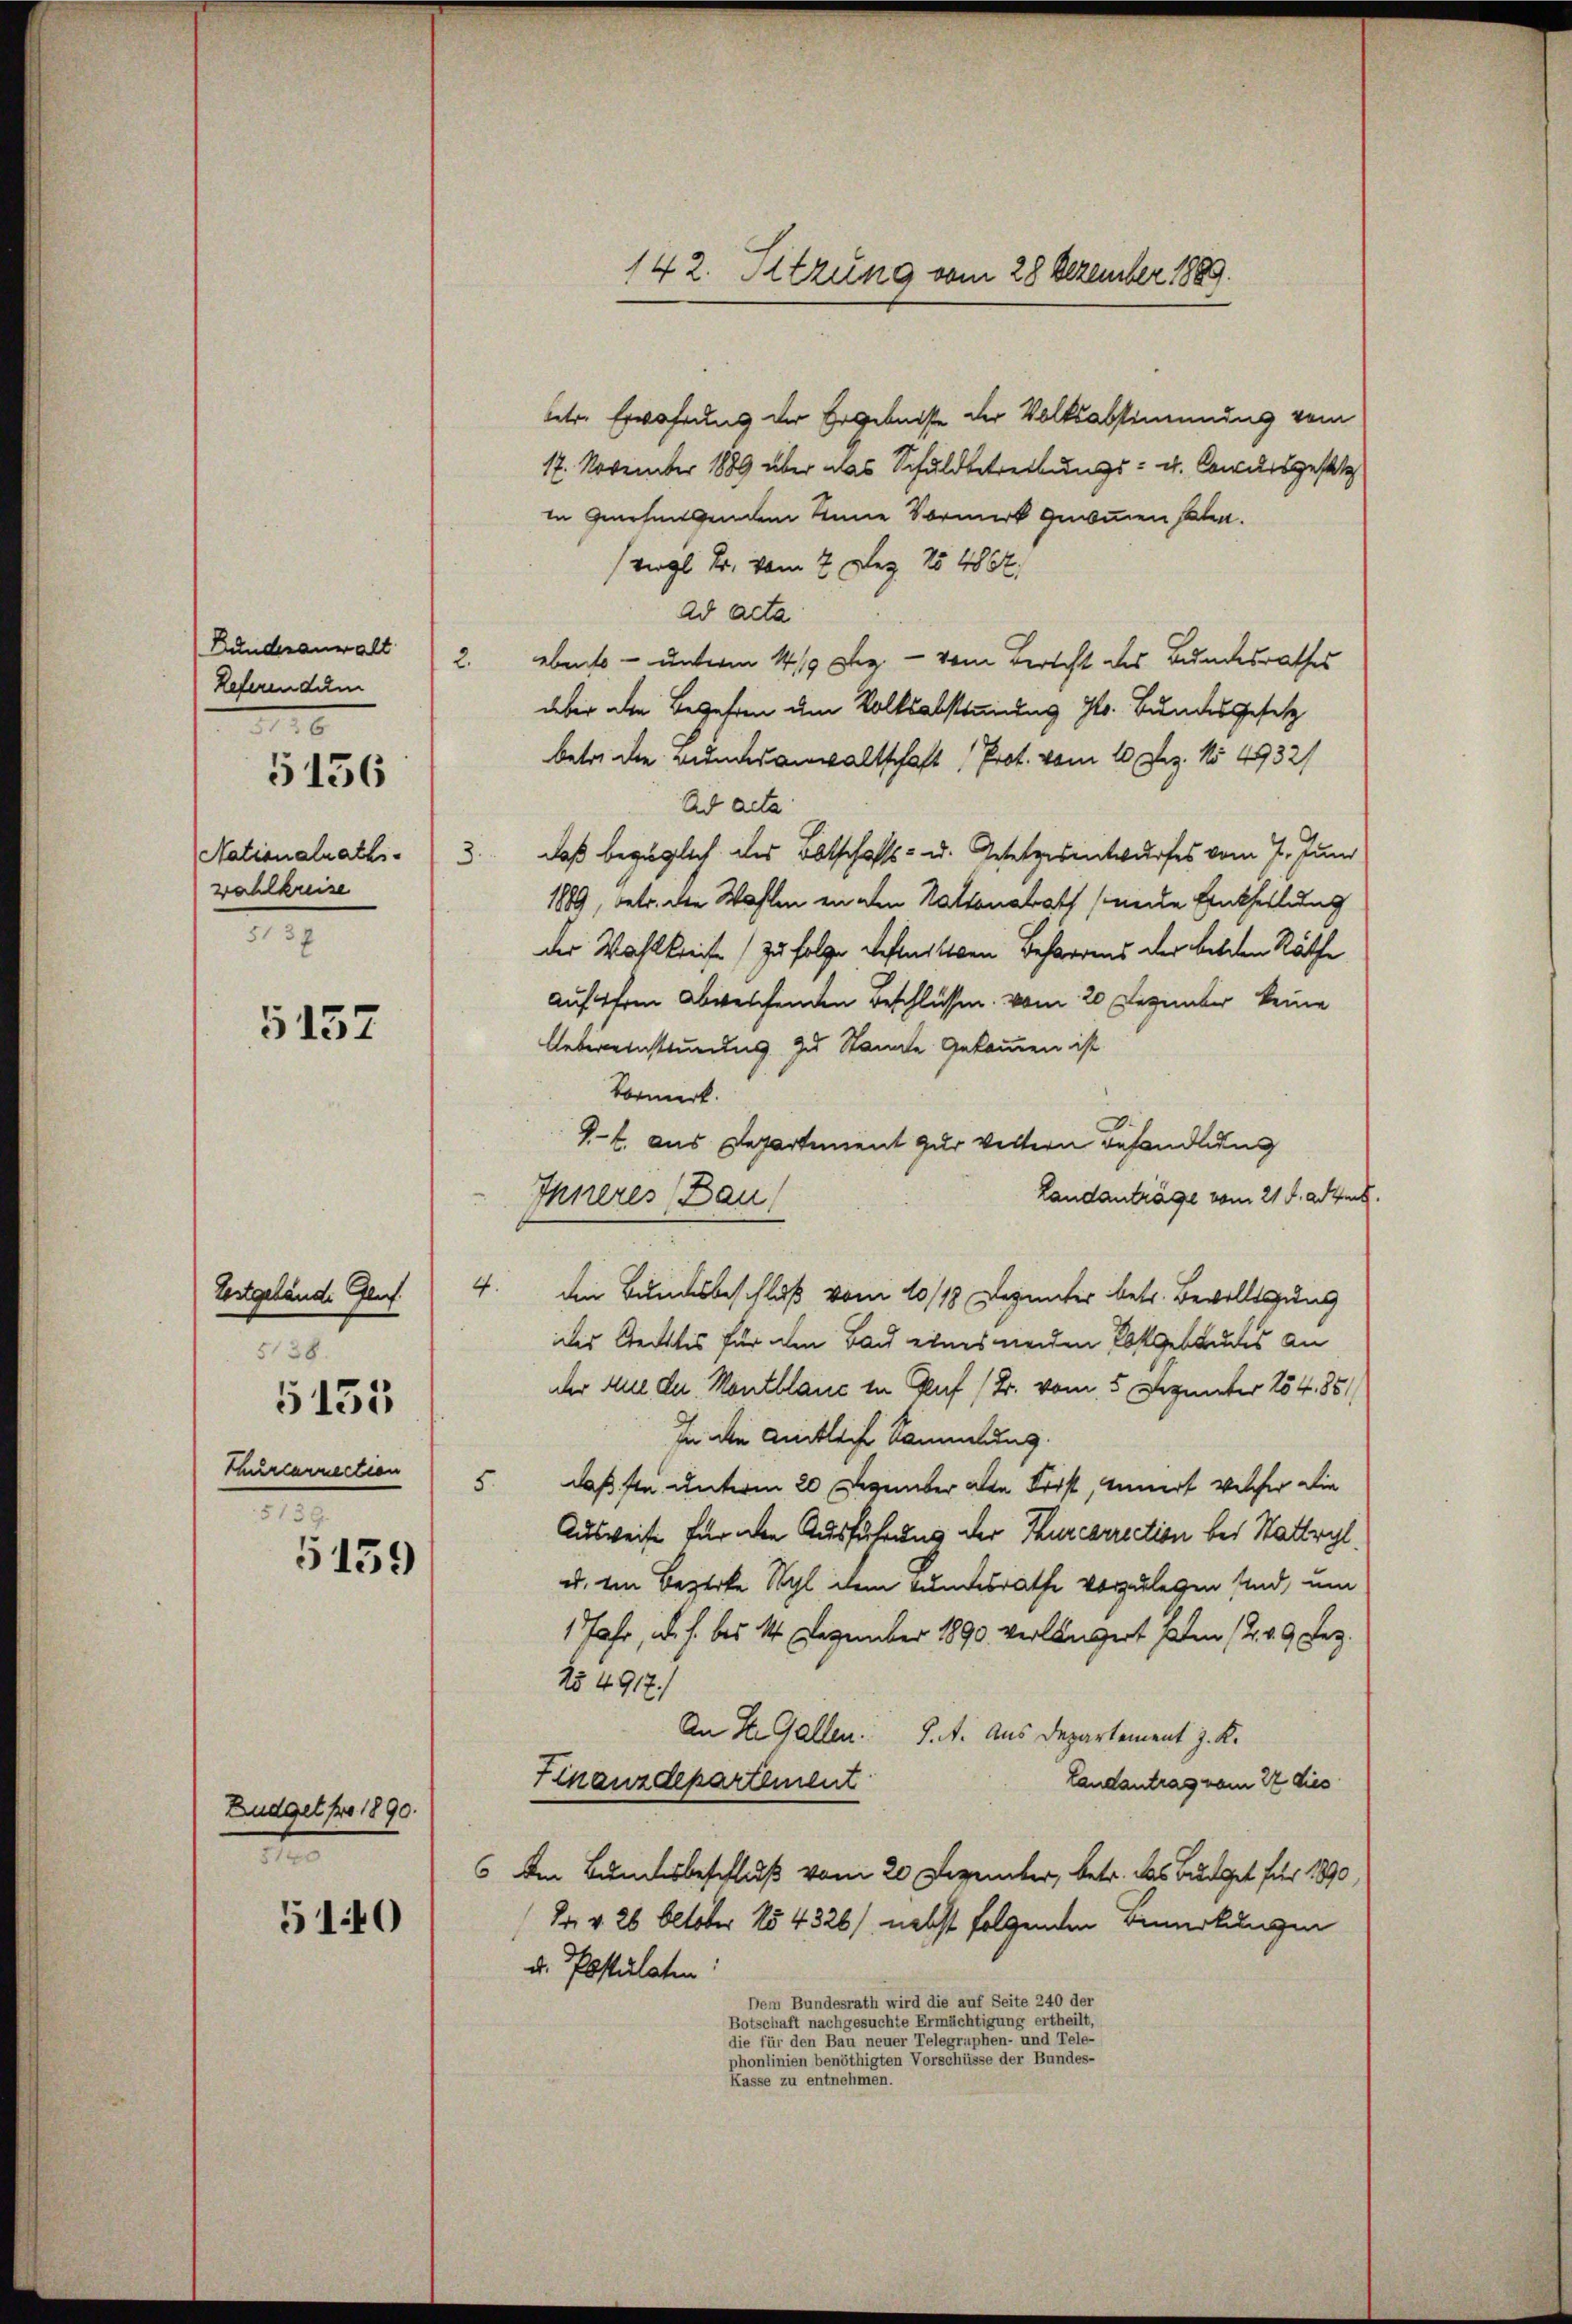
Bunderanwalt
Referendum
0
5156
Nationalrath. 3.
wahlkreise
5137

5157

Testgebände Genf
5138.
5133
Churcarrection
5139.

5159

Budget pro 1890.
t
510

betr. Erwährung der Ergebnisse der Volksabstimmung vom
17. November 1889 über das Schuldbetreibungs- u. Concilsgesetz
in Genehmigendem Sinne Vormerk gewinnen Paten.
(vgl. Kr. vom 7. Dez. 154867.
ad acta
2 ebenso – unterm 14/19 Dez. - vom Bericht des Bundesrathes
aber die Begehren um Volksabstimmung Hr. Bundesgesetz
betrede Bundesanwaltschaft, Prot. vom 10. Dez. No 4932/
Ad acta
daß bezüglich des Botschafts- u. Gesetzesentwurfes vom 7. Juni
1889, betr. die Wahlen in den Stationabat (neide Entheilung
der Wahlkreife (zufolge verlitten Beharrens der bilden Räthe
auf ihren abweichenden Beschlüssen vom 20 Dezember keine
Uebereinstimmung. Zu Stande gekommen ist
Vormerk.
1-4. aus Departement zur veltern Behandlung
Landanträge vom 21 f. ad Juch.
Inneres (Bau)
4.
die Bundesbeschluß vom 10/18 Dezunter betr. Bewilligung
des Rechtes für den Bau eines werden Kostgebkuches an
der Aue der Montblanc in Graf (B. vom 5. Dezember 154. 851/
In die Amtliche Sammlung.
5. daß sie unterm 20 Dezember die Frist, innert welcher die
Ausweise für den Ausführung der Thurcarrection bei Stattryl,
u. In Bezirke Wyl dem Bundesrathe vorzulegen sind, um
1 Jahr, u. s. bis 14 Dezember 1890 verlängert haben (2. 49 Dez.
No 4917/
An St. Gallen. J. A. Aus Departement J. K.
Finanzdepartement
Landantrag vom 22 dies
Ae Bundesbeschluß vom 20 Dezember, betr. das Budget für 1890,
(Dr. v. 26 Oktober No 4326), nebst folgenden Bemerkungen
u. Postulaten:
Dem Bundesrath wird die auf Seite 240 der
Botschaft nachgesuchte Ermächtigung ertheilt,
die für den Bau neuer Telegraphen- und Tele-
phonlinien benöthigten Vorschüsse der Bundes-
Kasse zu entnehmen.

142. Sitzung vom 28 Dezember 1889.